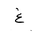
Letter: _gayn